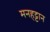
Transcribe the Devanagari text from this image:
मनहट्टान